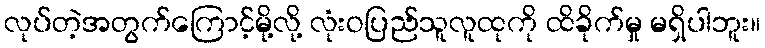
လုပ်တဲ့အတွက်ကြောင့်မို့လို့ လုံးဝပြည်သူလူထုကို ထိခိုက်မှု မရှိပါဘူး။